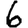
Digit: 6